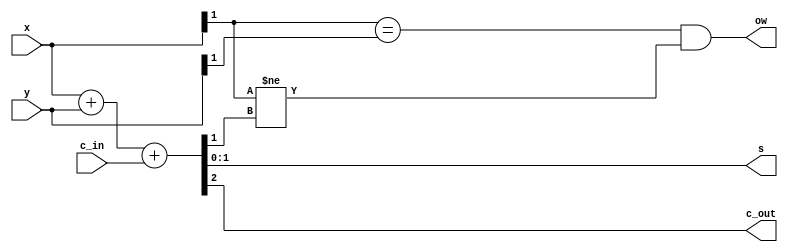
// Sommatore valido sia per naturali che per interi, in base 2.
// Sia input che output sono a N cifre.
// Il circuito ha in uscita sia il carry che l'overflow, sta all'utilizzatore collegare quello corretto.
module add( 
    x, y, c_in,
    s, c_out, ow    
);
    parameter N = 2;

    input [N-1:0] x, y;
    input c_in;

    output [N-1:0] s;
    output c_out, ow;

    assign #1 {c_out, s} = x + y + c_in;
    assign #1 ow = (x[N-1] == y[N-1]) && (x[N-1] != s[N-1]);

endmodule